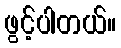
ဖွင့်ပါတယ်။